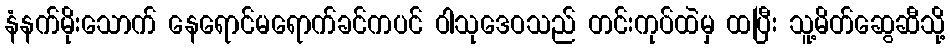
နံနက်မိုးသောက် နေရောင်မရောက်ခင်ကပင် ဝါသုဒေဝသည် တင်းကုပ်ထဲမှ ထပြီး သူ့မိတ်ဆွေဆီသို့